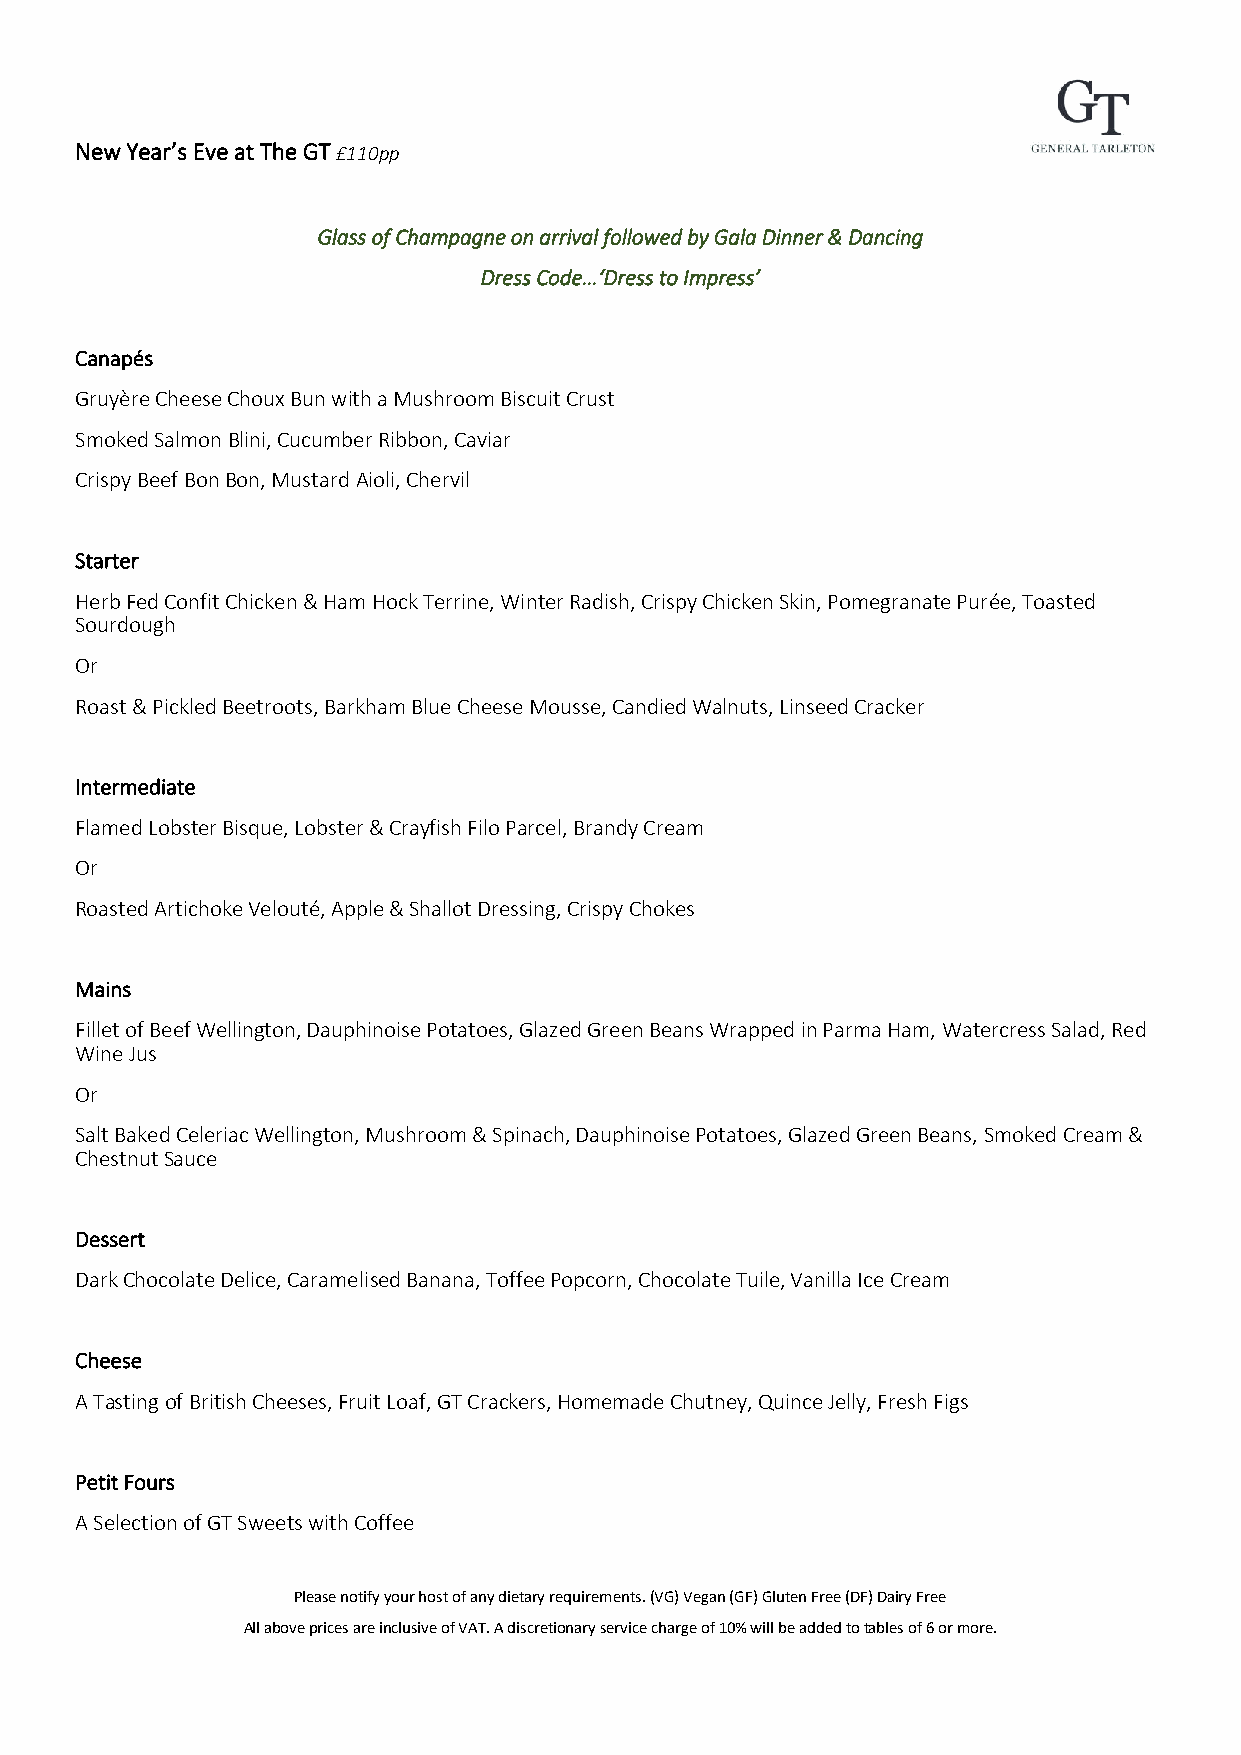
New Year’s Eve at The GT £110pp
 Glass of Champagne on arrival followed by Gala Dinner & Dancing
 Dress Code…‘Dress to Impress’
 Canapés
 Gruyère Cheese Choux Bun with a Mushroom Biscuit Crust
 Smoked Salmon Blini, Cucumber Ribbon, Caviar
 Crispy Beef Bon Bon, Mustard Aioli, Chervil
 Starter
 Herb Fed Confit Chicken & Ham Hock Terrine, Winter Radish, Crispy Chicken Skin, Pomegranate Purée, Toasted
 Sourdough
 Or
 Roast & Pickled Beetroots, Barkham Blue Cheese Mousse, Candied Walnuts, Linseed Cracker
 Intermediate
 Flamed Lobster Bisque, Lobster & Crayfish Filo Parcel, Brandy Cream
 Or
 Roasted Artichoke Velouté, Apple & Shallot Dressing, Crispy Chokes
 Mains
 Fillet of Beef Wellington, Dauphinoise Potatoes, Glazed Green Beans Wrapped in Parma Ham, Watercress Salad, Red
 Wine Jus
 Or
 Salt Baked Celeriac Wellington, Mushroom & Spinach, Dauphinoise Potatoes, Glazed Green Beans, Smoked Cream &
 Chestnut Sauce
 Dessert
 Dark Chocolate Delice, Caramelised Banana, Toffee Popcorn, Chocolate Tuile, Vanilla Ice Cream
 Cheese
 A Tasting of British Cheeses, Fruit Loaf, GT Crackers, Homemade Chutney, Quince Jelly, Fresh Figs
 Petit Fours
 A Selection of GT Sweets with Coffee
 Please notify your host of any dietary requirements. (VG) Vegan (GF) Gluten Free (DF) Dairy Free
 All above prices are inclusive of VAT. A discretionary service charge of 10% will be added to tables of 6 or more.